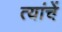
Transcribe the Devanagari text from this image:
त्यांचेेें